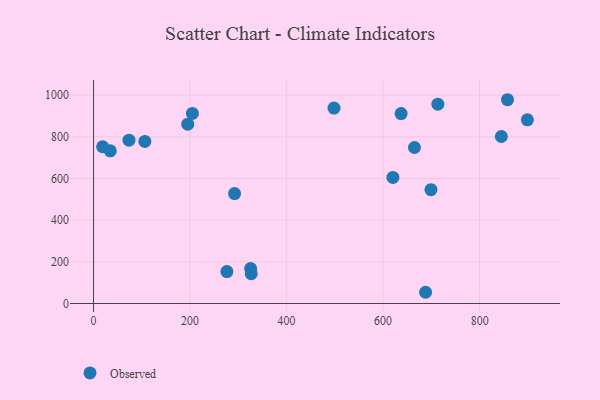
{"axis": {"x": "Investment", "y": "Demand"}, "legend": ["Observed"], "data": [{"x": "18.8", "y": 752.1, "type": "Observed"}, {"x": "204.8", "y": 912.3, "type": "Observed"}, {"x": "292.2", "y": 527.5, "type": "Observed"}, {"x": "713.4", "y": 956.5, "type": "Observed"}, {"x": "276.3", "y": 153.0, "type": "Observed"}, {"x": "664.9", "y": 748.6, "type": "Observed"}, {"x": "637.3", "y": 911.3, "type": "Observed"}, {"x": "325.5", "y": 167.4, "type": "Observed"}, {"x": "34.7", "y": 732.8, "type": "Observed"}, {"x": "898.9", "y": 881.5, "type": "Observed"}, {"x": "857.7", "y": 977.9, "type": "Observed"}, {"x": "688.0", "y": 53.8, "type": "Observed"}, {"x": "498.2", "y": 937.8, "type": "Observed"}, {"x": "73.4", "y": 783.8, "type": "Observed"}, {"x": "845.0", "y": 801.3, "type": "Observed"}, {"x": "620.3", "y": 605.2, "type": "Observed"}, {"x": "699.1", "y": 546.2, "type": "Observed"}, {"x": "106.3", "y": 777.9, "type": "Observed"}, {"x": "326.7", "y": 143.2, "type": "Observed"}, {"x": "195.2", "y": 860.7, "type": "Observed"}]}